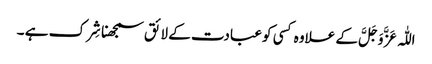
اللّٰہ عَزَّ وَجَلَّ کے علاوہ کسی کو عبادت کے لائق سمجھنا شِرک ہے ۔